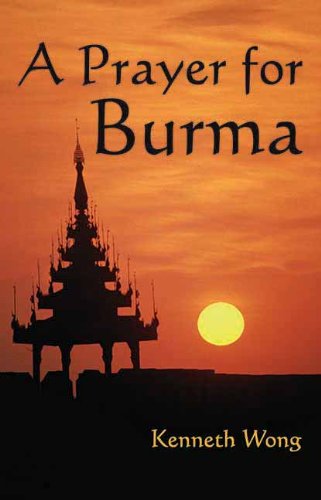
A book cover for A Prayer for Burma; Kenneth Wong; Travel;